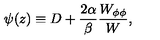
\psi ( z ) \equiv D + { \frac { 2 \alpha } { \beta } } { \frac { W _ { \phi \phi } } { W } } ,